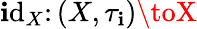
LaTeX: \operatorname{\mathbf{i}d}_{X}\colon(X,\tau_{\mathbf{i}})\toX